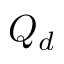
Q _ { d }